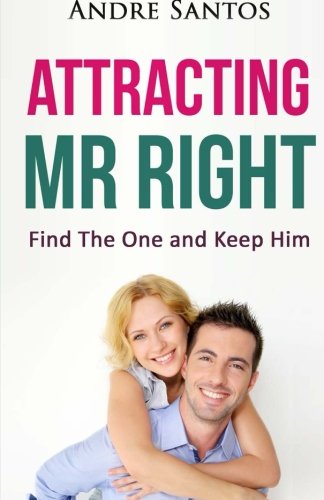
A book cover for Attracting Mr Right: Find The One and Keep Him; Andre Santos; Self-Help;